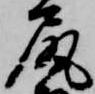
尻